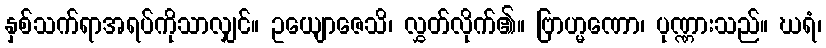
နှစ်သက်ရာအရပ်ကိုသာလျှင်။ ဥယျောဇေသိ၊ လွှတ်လိုက်၏။ ဗြာဟ္မဏော၊ ပုဏ္ဏားသည်။ ဃရံ၊